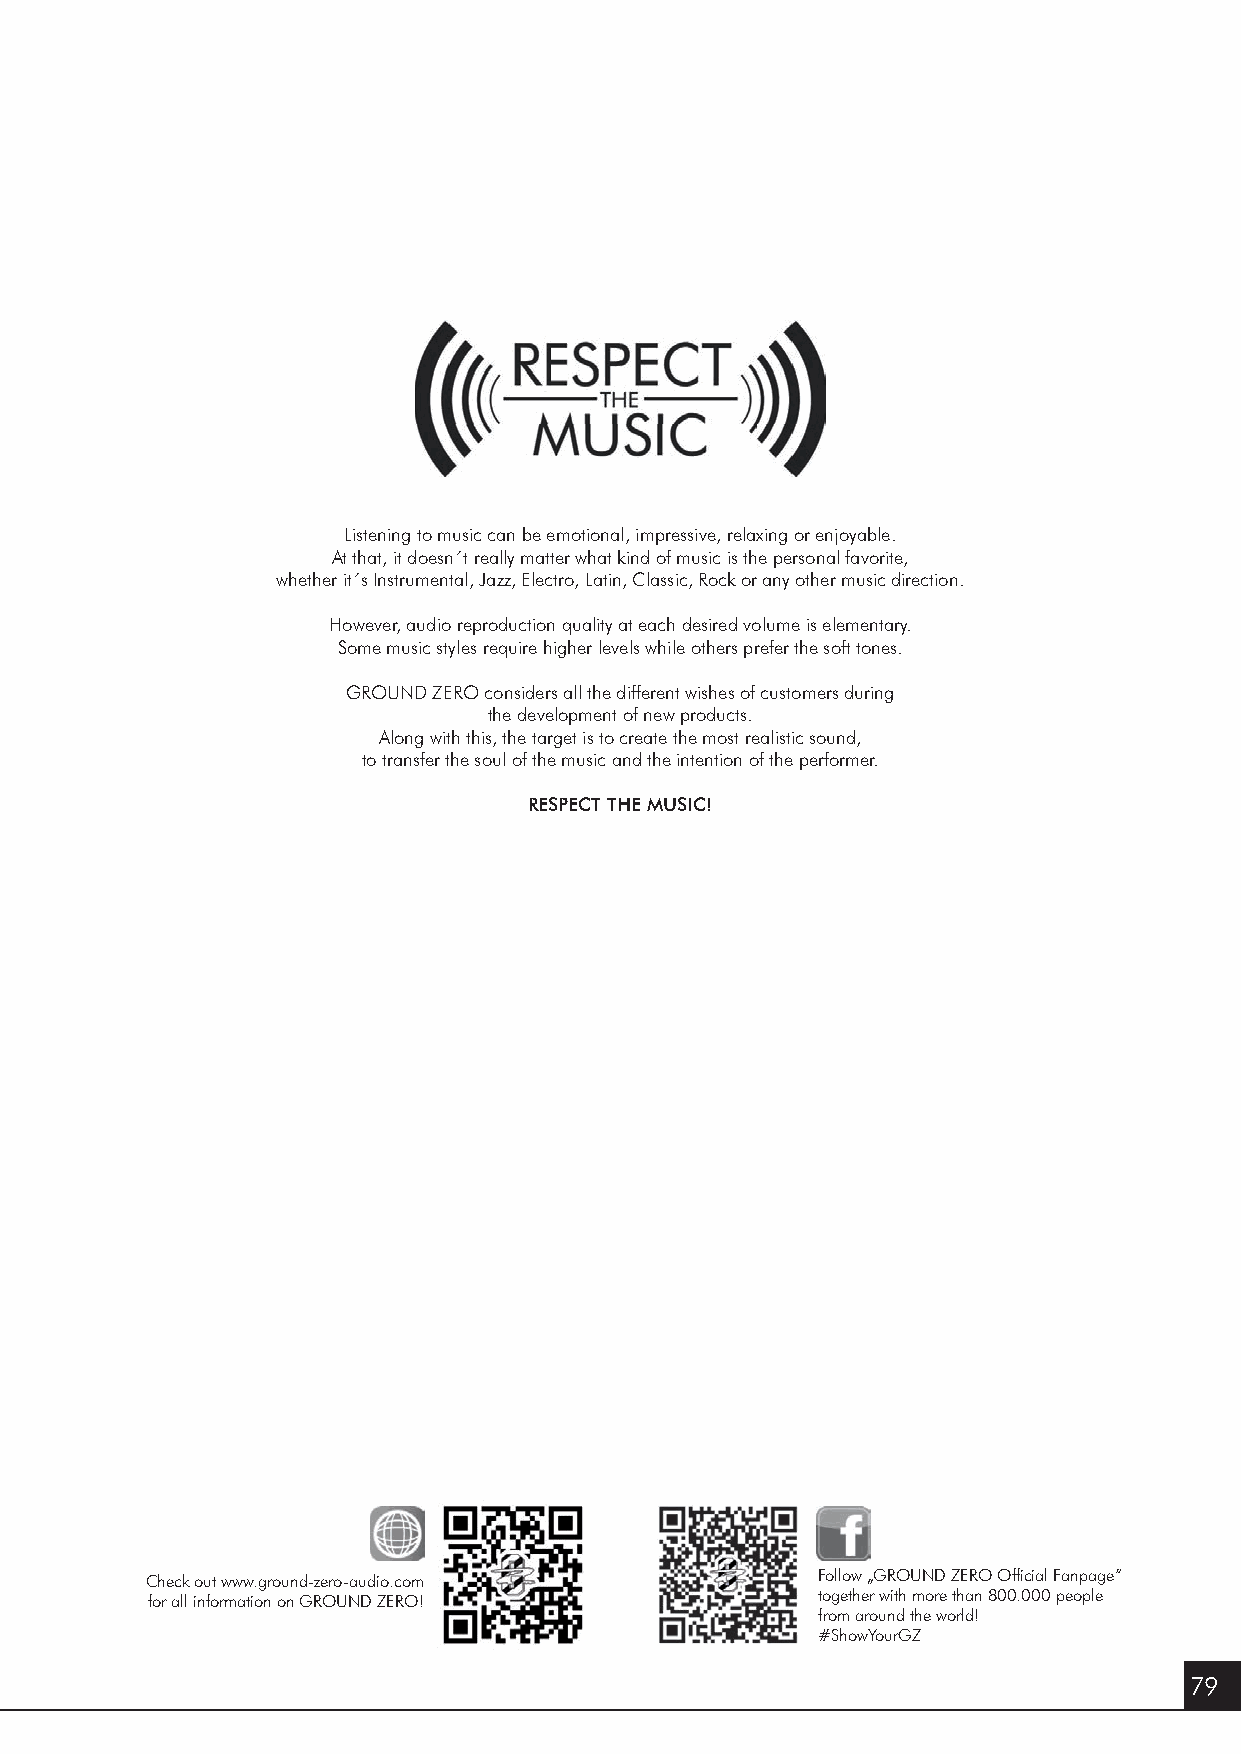
Listening to music can be emotional, impressive, relaxing or enjoyable.
 At that, it doesn´t really matter what kind of music is the personal favorite,
 whether it´s Instrumental, Jazz, Electro, Latin, Classic, Rock or any other music direction.
 However, audio reproduction quality at each desired volume is elementary.
 Some music styles require higher levels while others prefer the soft tones.
 GROUND ZERO considers all the different wishes of customers during
 the development of new products.
 Along with this, the target is to create the most realistic sound,
 to transfer the soul of the music and the intention of the performer.
 RESPECT THE MUSIC!
 Check out www.ground-zero-audio.com         Follow „GROUND ZERO Offi cial Fanpage“
 for all information on GROUND ZERO!         together with more than 800.000 people
 from around the world!
 #ShowYourGZ
 79